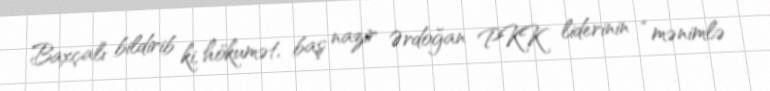
Baxçalı bildirib ki, hökumət, baş nazir Ərdoğan PKK liderinin “mənimlə